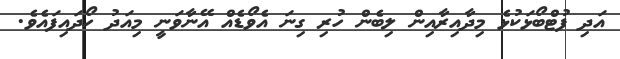
އަދި ފުޓްބޯޅަކުޅެ މިދާއިރާއިން ލިބެން ހުރި ގިނަ އެވޯޑެއް އޭނާވަނީ މިއަދު ހޯދައިފައެވެ.